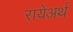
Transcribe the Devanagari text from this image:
रायेअर्थ